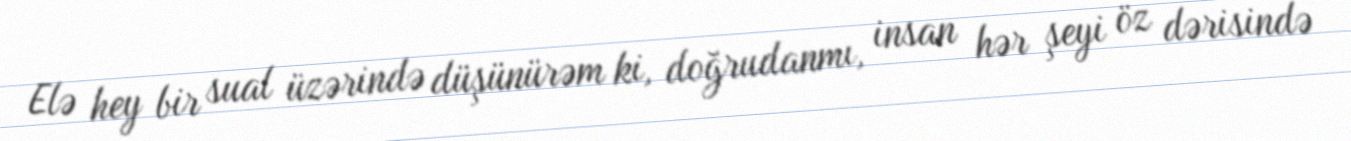
Elə hey bir sual üzərində düşünürəm ki, doğrudanmı, insan hər şeyi öz dərisində